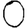
Digit: 0